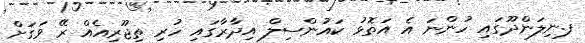
ފ.ނިލަންދޫގައި ހުންނަ އެ އަތޮޅު ކައުންސިލް އިދާރާގައި ހުރި ތިޖޫރިއެއް ރޭ ވަގަށް